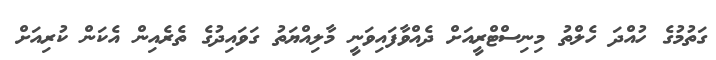
ގަތުމުގެ ހުއްދަ ހެލްތު މިނިސްޓްރީއަށް ދެއްވާފައިވަނީ މާލިއްޔަތު ގަވައިދުގެ ތެރެއިން އެކަން ކުރިއަށް